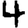
Digit: 4